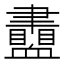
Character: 𧗙